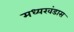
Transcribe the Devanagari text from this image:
मध्यखंडास